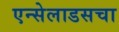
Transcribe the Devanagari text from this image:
एन्सेलाडसचा